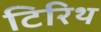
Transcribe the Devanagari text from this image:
टिरिथ